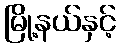
မြို့နယ်နှင့်